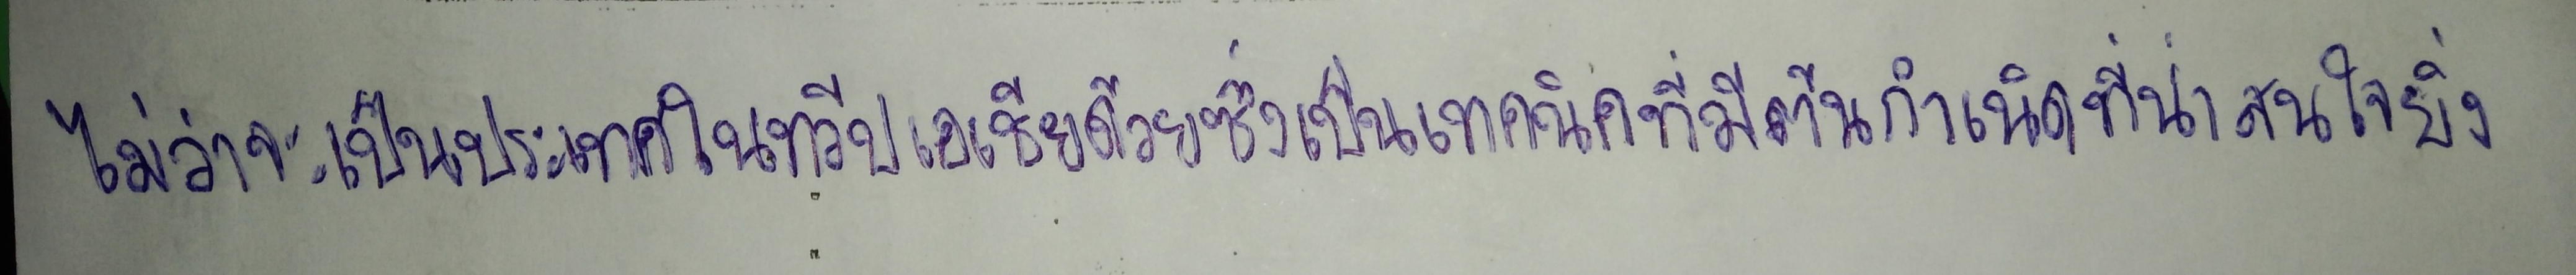
ไม่ว่าจะเป็นประเทศในทวีปเอเชียด้วยซึ่งจัดเป็นเทคนิคที่มีต้นกำเนิดที่น่าสนใจยิ่ง